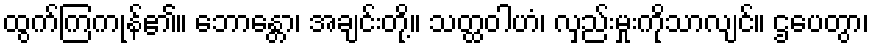
ထွက်ကြကုန်၏။ ဘောန္တော၊ အချင်းတို့။ သတ္ထဝါဟံ၊ လှည်းမှုးကိုသာလျင်။ ဌပေတွာ၊